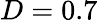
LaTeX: D=0.7